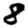
Digit: 8